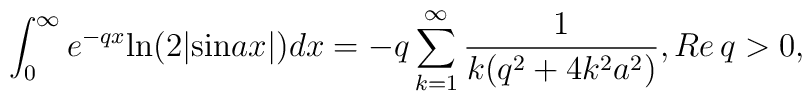
\int^{\infty}_{0} e^{-qx}\mbox{ln}(2|\mbox{sin}ax|) dx = -q \sum_{k=1}^{\infty}\frac{1}{k(q^2 + 4k^2a^2)}, Re\,q > 0,